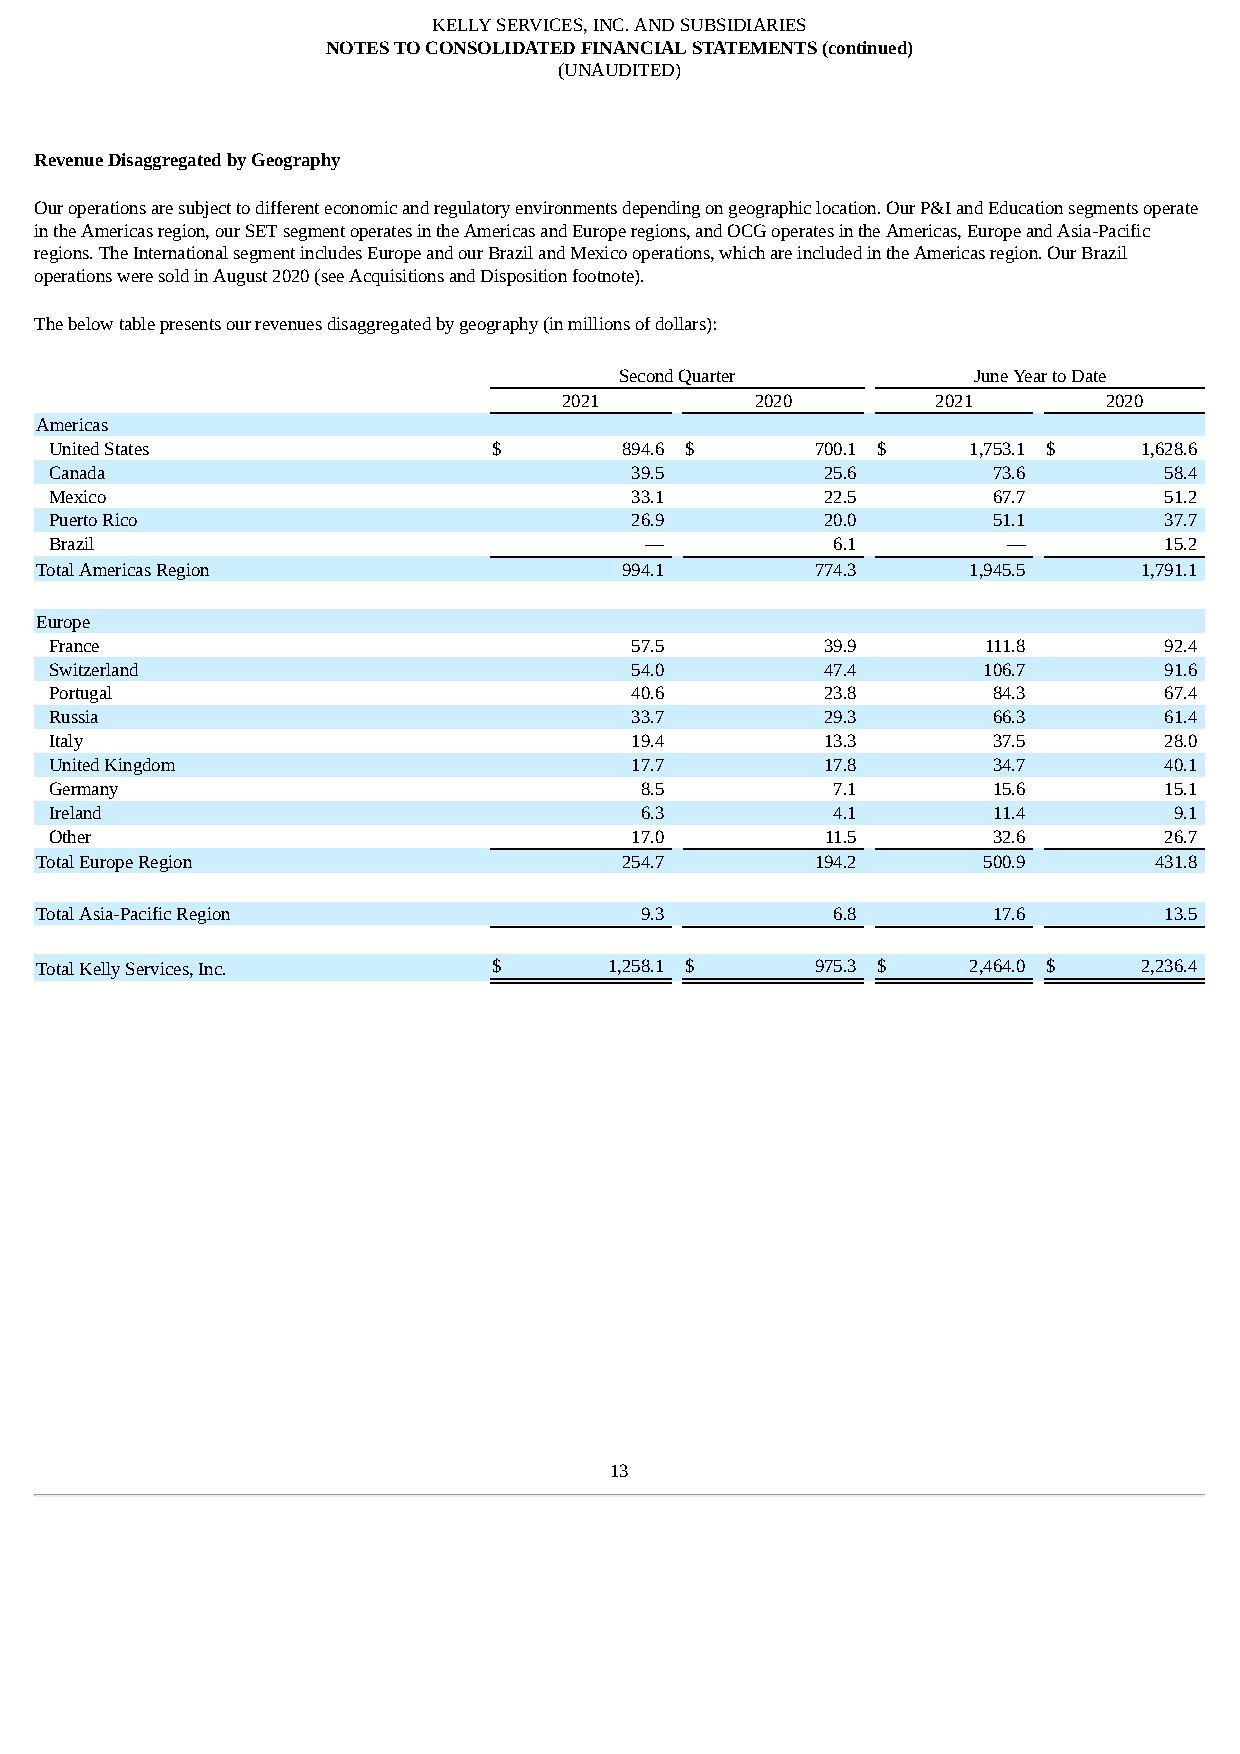
KELLY SERVICES, INC. AND SUBSIDIARIES
 NOTES TO CONSOLIDATED FINANCIAL STATEMENTS (continued)
 (UNAUDITED)
 Revenue Disaggregated by Geography
 Our operations are subject to different economic and regulatory environments depending on geographic location. Our P&I and Education segments operate
 in the Americas region, our SET segment operates in the Americas and Europe regions, and OCG operates in the Americas, Europe and Asia-Pacific
 regions. The International segment includes Europe and our Brazil and Mexico operations, which are included in the Americas region. Our Brazil
 operations were sold in August 2020 (see Acquisitions and Disposition footnote).
 The below table presents our revenues disaggregated by geography (in millions of dollars):
 Second Quarter         June Year to Date
 2021         2020        2021       2020
 Americas
 United States                 $       894.6 $      700.1 $   1,753.1 $   1,628.6
 Canada                                 39.5         25.6       73.6       58.4
 Mexico                                 33.1         22.5       67.7       51.2
 Puerto Rico                            26.9         20.0       51.1       37.7
 Brazil                                  —           6.1         —         15.2
 Total Americas Region                  994.1        774.3     1,945.5     1,791.1
 Europe
 France                                 57.5         39.9      111.8       92.4
 Switzerland                            54.0         47.4      106.7       91.6
 Portugal                               40.6         23.8       84.3       67.4
 Russia                                 33.7         29.3       66.3       61.4
 Italy                                  19.4         13.3       37.5       28.0
 United Kingdom                         17.7         17.8       34.7       40.1
 Germany                                8.5          7.1        15.6       15.1
 Ireland                                6.3          4.1        11.4        9.1
 Other                                  17.0         11.5       32.6       26.7
 Total Europe Region                    254.7        194.2      500.9      431.8
 Total Asia-Pacific Region               9.3          6.8        17.6       13.5
 Total Kelly Services, Inc.     $      1,258.1 $     975.3 $   2,464.0 $   2,236.4
 13